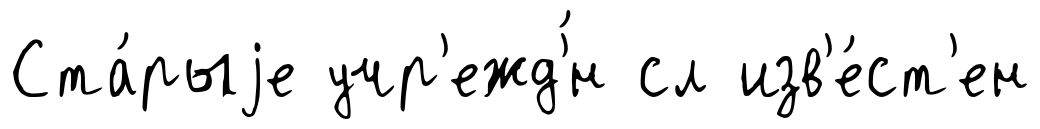
Ста́рыjе учр'ежд'́н сл изв'е́ст'ен